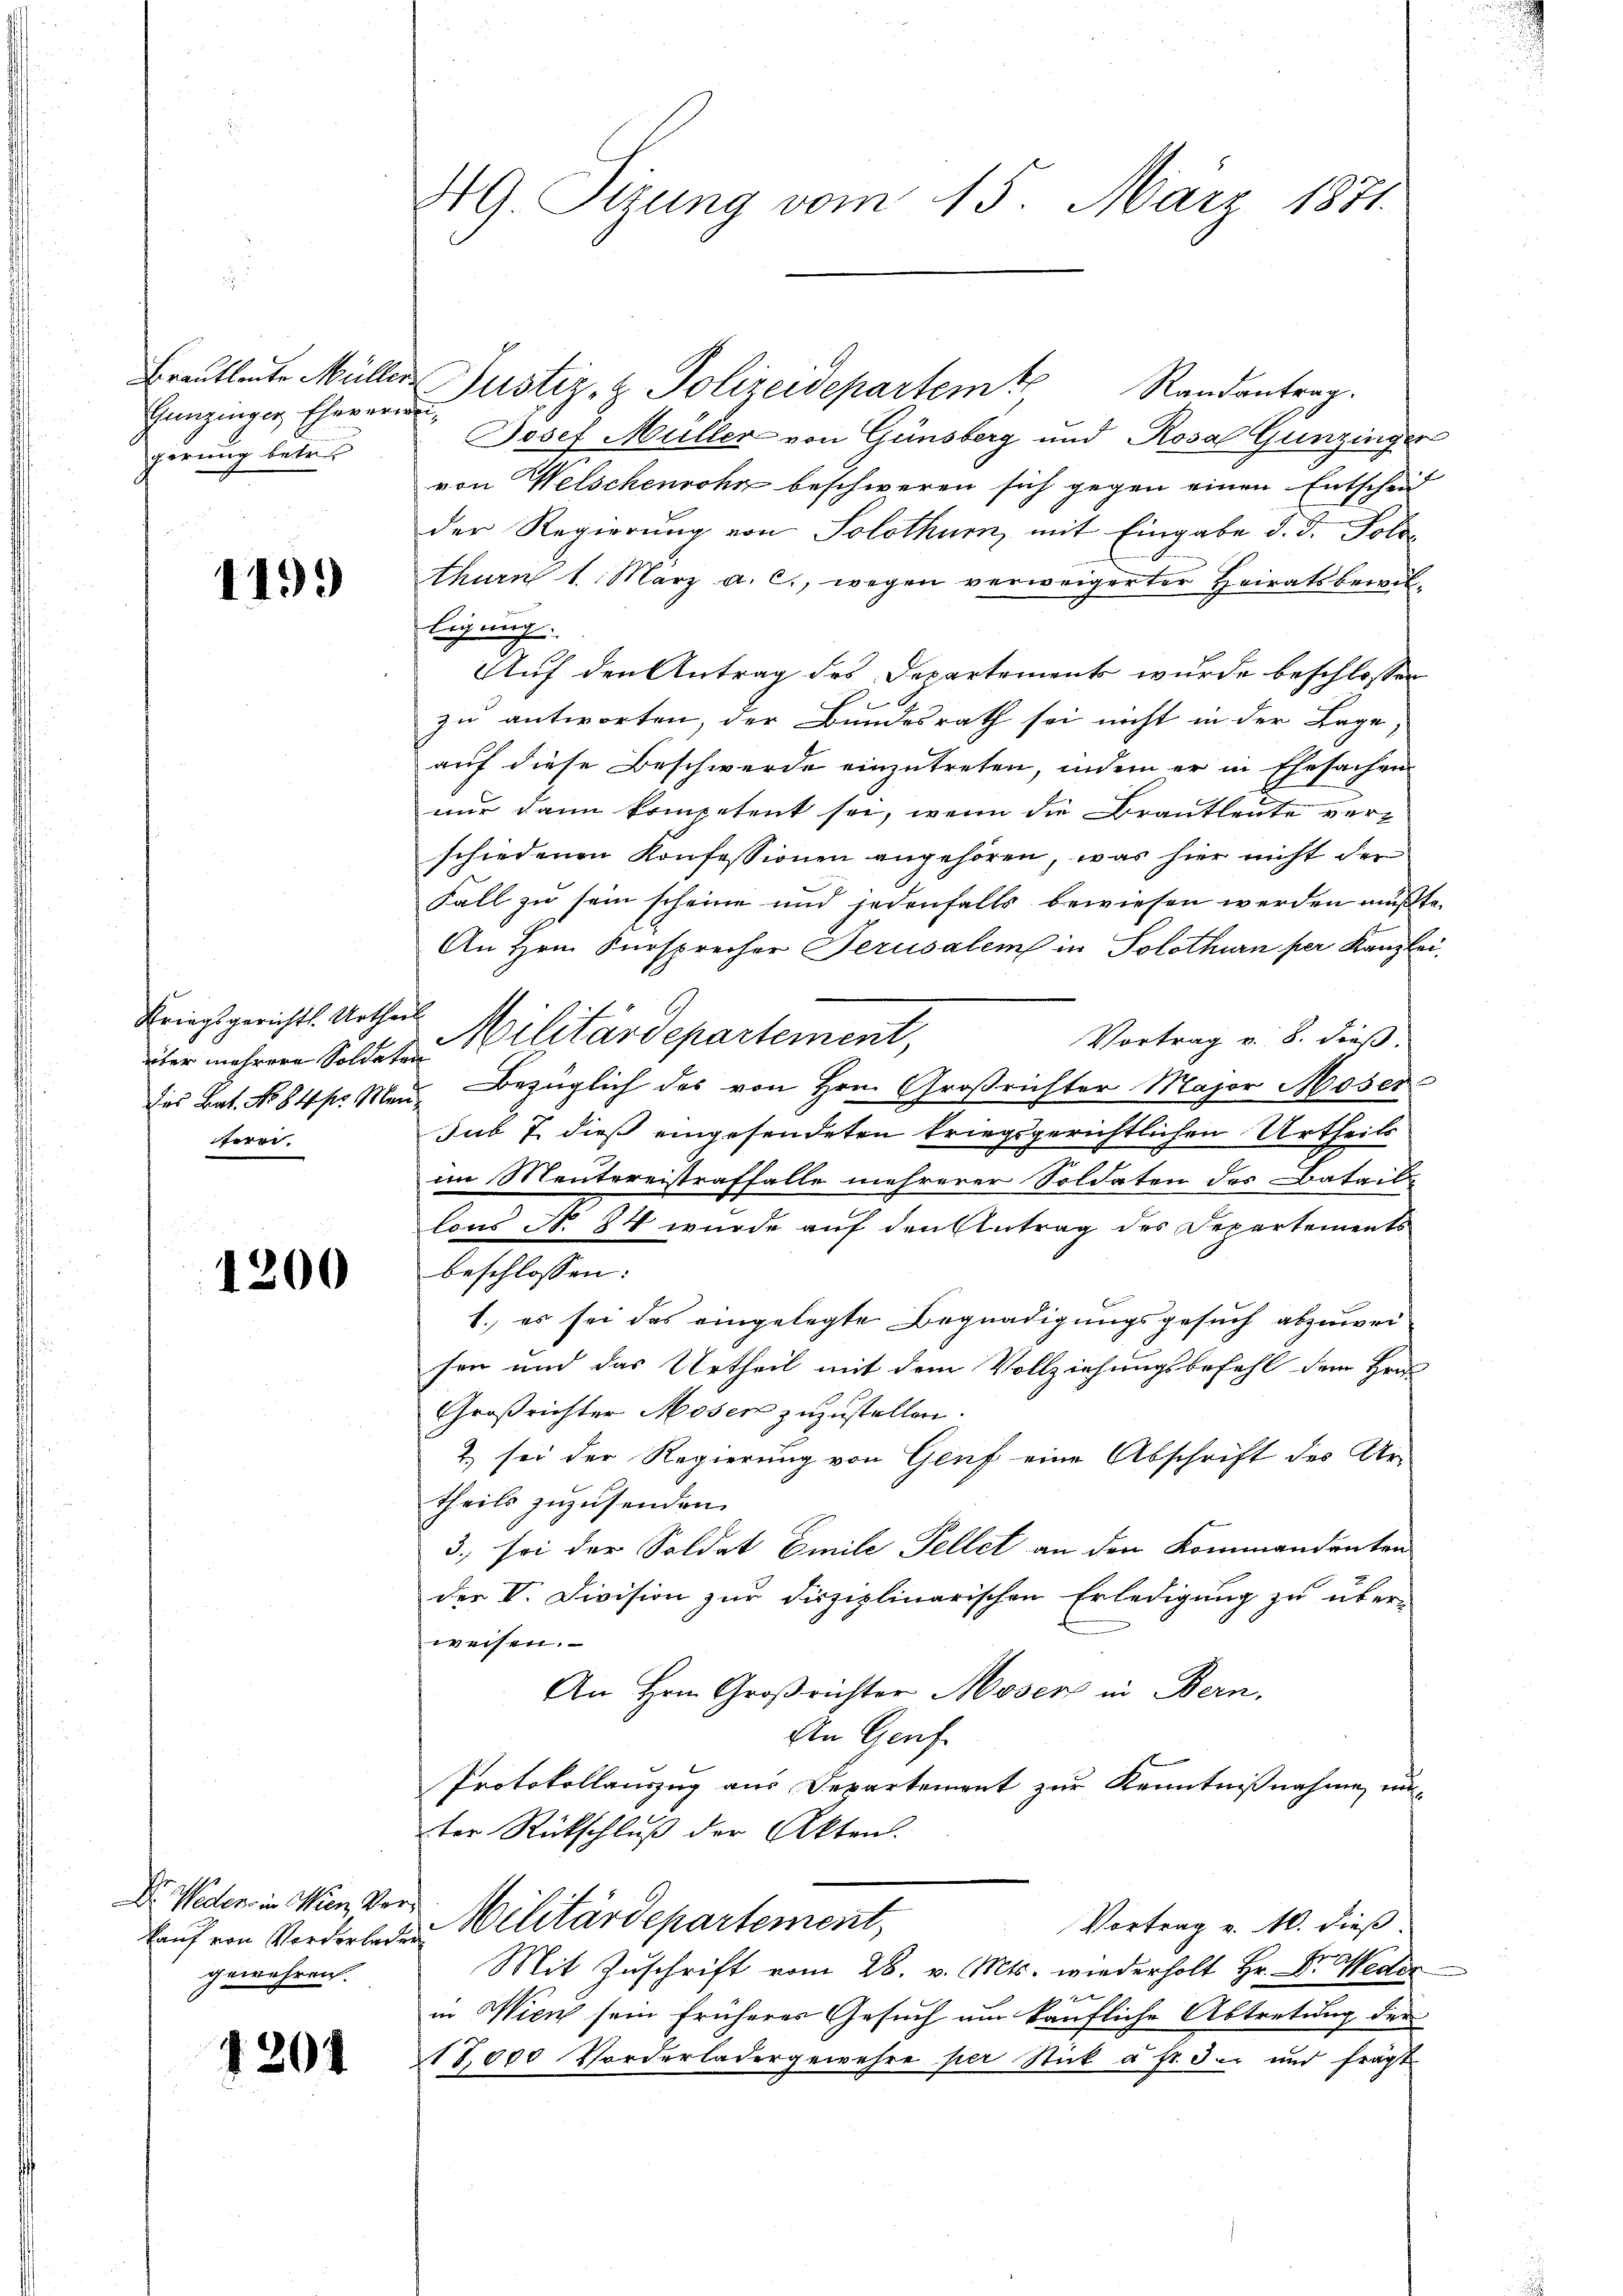
Gunzinger Eheverweigerung betret

1199

Kriegsgerichts Urtheil
über mehrere Soldaten
sire.

1200

kauf von Vorderladen
gewähren

1201

49. Sizung vom 15. März 1871.

Brautleute Müller Justiz- & Polizeidepartem t
Randantrag.
Josef Müller von Günsberg und Rosa Gunzinger
von Welschenrohn beschweren sich gegen einen Entscheid
der Regierung von Solothur, mit Eingabe d. d. Solothurn 1. März a. c., wegen verweigerter Heiratsbewilligung.
Auf den Antrag des Departements wurde beschlossen
zu antworten, der Bundesrath sei nicht in der Lage,
auf diese Beschwerde einzutreten, indem er in Ehesachen
nur dann kompetent sei, wenn die Brautleute verschiedenen Konfessionen angehören, was hier nicht der
Fall zu sein scheine und jedenfalls bewiesen werden müßte.
An Hrn. Fürsprecher Perusalem in Solothurn per Kanzlei,
Militärdepartement,
Vortrag v. 8. dieß.
des Bat. No 84 s. Man Bezüglich des von Hrn. Großrichter Major Moser
Jub 7 dieß eingesendeten kriegsgerichtlichen Urtheils
im Mentereistraffalle mehrerer Soldaten des Batails
lons No. 84 wurde auf den Antrag des Departements
beschlossen:
1. es sei das eingelegte Begnadigungsgesuch abzuweisen und das Urtheil mit dem Vollziehungsbefehl dem Hrn.
Großrichter Moser zuzustellen
2 sei der Regierung von Genf eine Abschrift des Ur-
theils zuzusenden.
3. sei der Soldat Emile Fellet an den Kommandenten
der V. Division zur Disziplinarischen Erledigung zu über-
weisen.
An Hrn. Großrichter Moser in Bern.
An Genf
Protokollauszug aus Departement zur Kenntnißnahme, unter Rückschluß der Akten.
Dr. Weder in Wien, der Militärdepartement,
Vortrag v. M. dieß.
Mit Zuschrift vom 28. v. Mts. wiederholt Hr. Dr. Weder
u
in Wien sein früherer Gesuch um käufliche Abtretung der
18,000 Vorderladergewehre per Stick à Fr. der und frägt